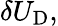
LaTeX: \delta U_{\textrm{D}},